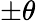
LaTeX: \pm\theta